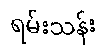
ရမ်းသန်း